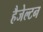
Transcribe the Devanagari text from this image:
हैजेल्टन